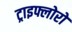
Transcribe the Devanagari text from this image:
ट्राइफ्लोरो